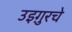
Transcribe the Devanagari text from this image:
उइग़ुरचे